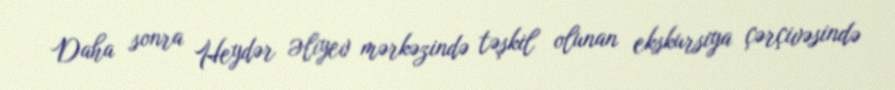
Daha sonra Heydər Əliyev mərkəzində təşkil olunan ekskursiya çərçivəsində